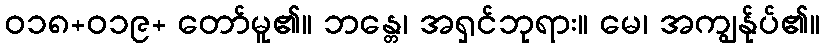
ဝ၁၈+ဝ၁၉+ တော်မူ၏။ ဘန္တေ၊ အရှင်ဘုရား။ မေ၊ အကျွန်ုပ်၏။